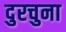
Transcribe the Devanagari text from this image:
दुरचुना